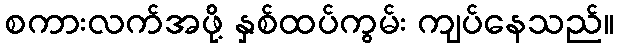
စကားလက်အဖို့ နှစ်ထပ်ကွမ်း ကျပ်နေသည်။